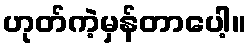
ဟုတ်ကဲ့မှန်တာပေါ့။